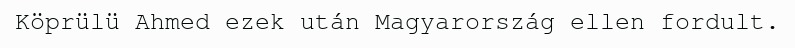
Köprülü Ahmed ezek után Magyarország ellen fordult.